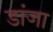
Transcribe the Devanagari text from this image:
डांजा